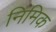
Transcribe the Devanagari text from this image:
निमिक